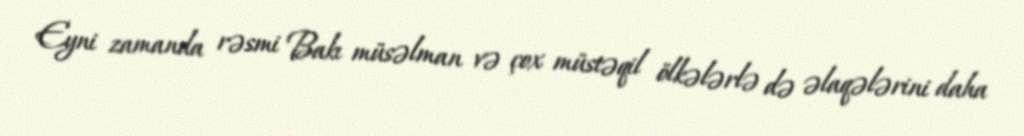
Eyni zamanda rəsmi Bakı müsəlman və çox müstəqil ölkələrlə də əlaqələrini daha